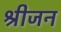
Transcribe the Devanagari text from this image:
श्रीजन